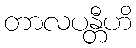
တာလပန္တီဟိ